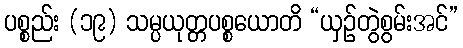
ပစ္စည်း (၁၉) သမ္ပယုတ္တပစ္စယောတိ “ယှဉ်တွဲစွမ်းအင်”